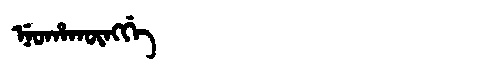
Manchu: ᠨᡝᠣᡥᠠᡴᡡᠩᡤᡝ
Romanization: NEOHAKŪNGGE